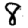
Digit: 8